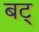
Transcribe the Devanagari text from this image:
बट्